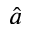
\hat { a }